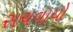
સચવાયો